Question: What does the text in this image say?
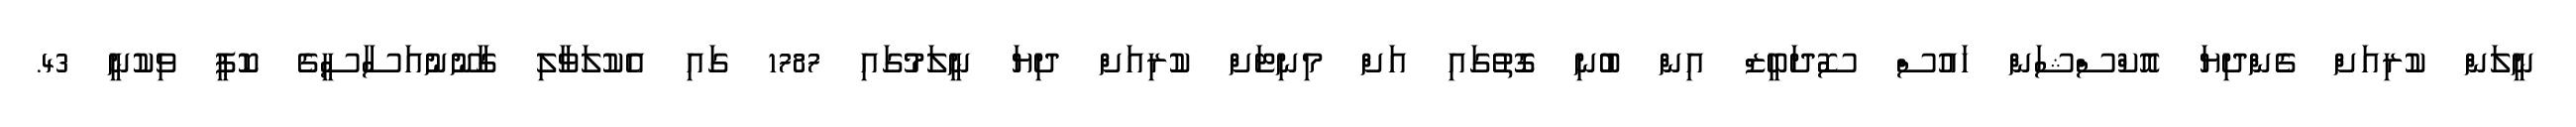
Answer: ނީލަން ކުރިއަށް ގެންދިޔަ އޮކްސްޝަން ހައުސް ސޮދަބީޒް އިން ބުނި ގޮތުގައި އަށް މިނިޓަށް ކުރިއަށް ދިޔަ ނީލަމުގައި 1787 ގައި އެކުލަވާލި ގާނޫނުއަސާސީގެ ކޮޕީ ވިކުނީ 43.